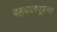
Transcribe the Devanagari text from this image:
बहवालपूरला